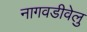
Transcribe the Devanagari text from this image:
नागवडीवेलु